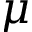
\mu